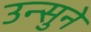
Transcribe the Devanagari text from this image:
उन्सुने